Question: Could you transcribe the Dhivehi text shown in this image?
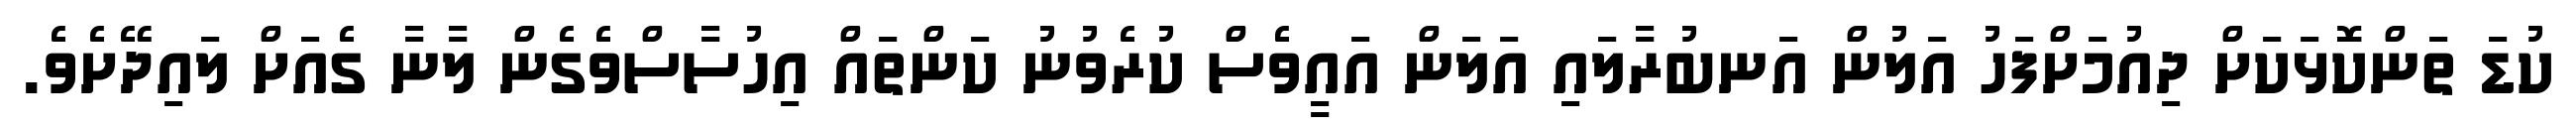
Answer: ކުޑަ ތަންކޮޅަކަށް ދިއުމަށްފަހު އަލުން އަނބުރާލައި އަލަން އައީވެސް ކުރެވުނު ކަންތައް އިހުސާސްވެގެން ލާނާ ގެއަށް ލައިދޭށެވެ.